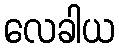
လေခါယ